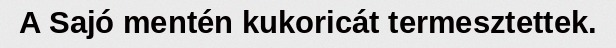
A Sajó mentén kukoricát termesztettek.